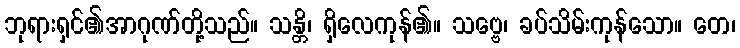
ဘုရားရှင်၏အာဂုဏ်တို့သည်။ သန္တိ၊ ရှိလေကုန်၏။ သဗ္ဗေ၊ ခပ်သိမ်းကုန်သော။ တေ၊